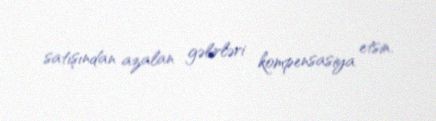
satışından azalan gəlirləri kompensasiya etsin.